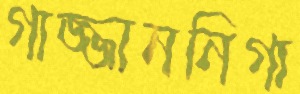
গাজ্জাননিগা